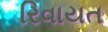
રિવાયત